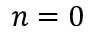
n = 0